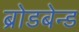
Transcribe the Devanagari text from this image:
ब्रोडबेन्ड